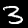
Label: 3